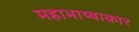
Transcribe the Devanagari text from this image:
महाभाष्याकार